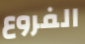
الفروع